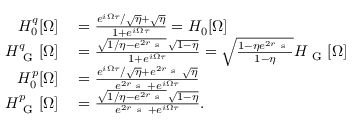
\begin{array} { r l } { H _ { 0 } ^ { q } [ \Omega ] } & { { } = \frac { e ^ { i \Omega \tau } / \sqrt { \eta } + \sqrt { \eta } } { 1 + e ^ { i \Omega \tau } } = H _ { 0 } [ \Omega ] } \\ { H _ { \mathrm { ~ G ~ } } ^ { q } [ \Omega ] } & { { } = \frac { \sqrt { 1 / \eta - e ^ { 2 r _ { \mathrm { ~ s ~ } } } } \, \sqrt { 1 - \eta } } { 1 + e ^ { i \Omega \tau } } = \sqrt { \frac { 1 - \eta e ^ { 2 r _ { \mathrm { ~ s ~ } } } } { 1 - \eta } } H _ { \mathrm { ~ G ~ } } [ \Omega ] } \\ { H _ { 0 } ^ { p } [ \Omega ] } & { { } = \frac { e ^ { i \Omega \tau } / \sqrt { \eta } + e ^ { 2 r _ { \mathrm { ~ s ~ } } } \sqrt { \eta } } { e ^ { 2 r _ { \mathrm { ~ s ~ } } } + e ^ { i \Omega \tau } } } \\ { H _ { \mathrm { ~ G ~ } } ^ { p } [ \Omega ] } & { { } = \frac { \sqrt { 1 / \eta - e ^ { 2 r _ { \mathrm { ~ s ~ } } } } \, \sqrt { 1 - \eta } } { e ^ { 2 r _ { \mathrm { ~ s ~ } } } + e ^ { i \Omega \tau } } . } \end{array}